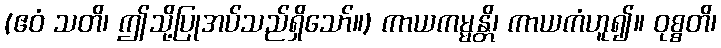
(ဧဝံ သတိ၊ ဤသို့ပြုအပ်သည်ရှိသော်။) ကာယကမ္မန္တိ၊ ကာယကံဟူ၍။ ဝုစ္စတိ၊